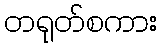
တရုတ်စကား